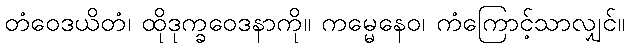
တံဝေဒယိတံ၊ ထိုဒုက္ခဝေဒနာကို။ ကမ္မေနေဝ၊ ကံကြောင့်သာလျှင်။